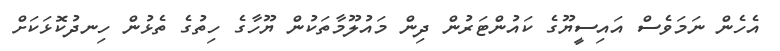
އެހެން ނަމަވެސް އައިސީޔޫގެ ކައުންޓަރުން ދިން މައުލޫމާތަކުން ޔޫހާގެ ހިތުގެ ތެޅުން ހިނދުކޮޅަކަށް